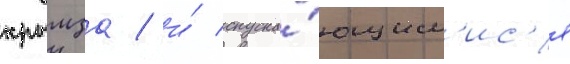
крымза / и́ спуска́ющим'ис'я